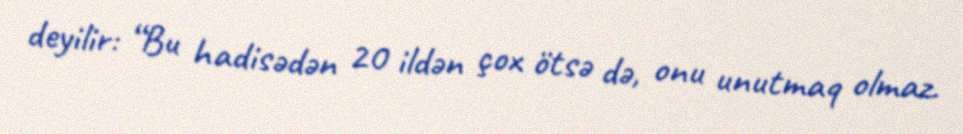
deyilir: “Bu hadisədən 20 ildən çox ötsə də, onu unutmaq olmaz.